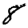
Digit: 8